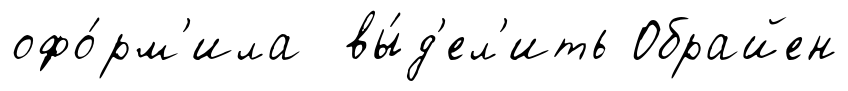
офо́рм'ила вы́д'ел'ить Обрайен